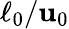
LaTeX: \ell_{0}/\mathbf{u}_{0}